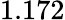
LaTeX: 1.172